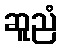
ဆူညံ